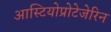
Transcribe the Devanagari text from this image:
आस्टियोप्रोटेजेरिन